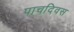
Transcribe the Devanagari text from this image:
पाचदिवस